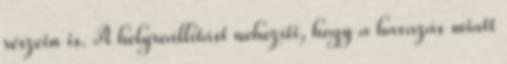
részein is. A helyreállítást nehezíti, hogy a havazás miatt